Scottish Leaving Certificate Examination, 1959
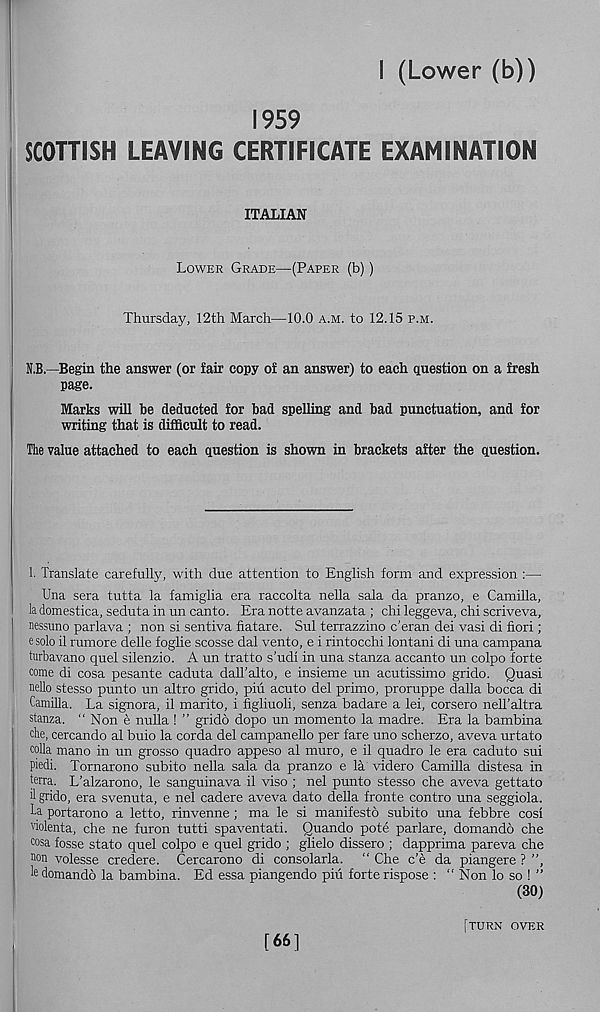
I (Lower (b))
1959
SCOTTISH LEAVING CERTIFICATE EXAMINATION
ITALIAN
Lower Grade—(Paper (b))
Thursday, 12th March—10.0 a.m. to 12.15 p.m.
N.B.—Begin the answer (or fair copy of an answer) to each question on a fresh
page.
Marks will be deducted for bad spelling and bad punctuation, and for
writing that is difficult to read.
The value attached to each question is shown in brackets after the question.
1. Translate carefully, with due attention to English form and expression :—
Una sera tutta la famiglia era raccolta nella sala da pranzo, e Camilla,
la domestica, seduta in un canto. Era notte avanzata ; chi leggeva, chi scriveva,
nessuno parlava ; non si sentiva fiatare. Sul terrazzino c’eran dei vasi di fiori;
e solo il rumore delle foglie scosse dal vento, e i rintocchi lontani di una campana
turbavano quel silenzio. A un tratto s’udi in una stanza accanto un colpo forte
come di cosa pesante caduta dall’alto, e insieme un acutissimo grido. Quasi
nello stesso punto un altro grido, piu acuto del prime, proruppe dalla bocca di
Camilla. La signora, il marito, i figliuoli, senza badare a lei, corsero nell’altra
stanza. “ Non e nulla ! ” grido dopo un memento la madre. Era la bambina
die, cercando al buio la corda del campanello per fare uno scherzo, aveva urtato
colla mano in un grosso quadro appeso al muro, e il quadro le era caduto sui
piedi, Tornarono subito nella sala da pranzo e la videro Camilla distesa in
terra. L’alzarono, le sanguinava il viso ; nel punto stesso che aveva gettato
d grido, era svenuta, e nel cadere aveva dato della fronte contro una seggiola.
La. portarono a letto, rinvenne ; ma le si manifesto subito una febbre cosi
violenta, che ne furon tutti spaventati. Quando pote parlare, domando che
cosa fosse stato quel colpo e quel grido ; glielo dissero ; dapprima pareva che
non volesse credere. Cercarono di consolarla. “ Che e’e da piangere ? ”,
le domando la bambina. Ed essa piangendo piu forte rispose : “ Non lo so ! ”
(30)
[66]
(turn over